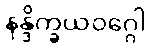
နန္ဒိက္ခယဝဂ္ဂေါ